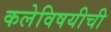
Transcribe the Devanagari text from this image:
कलेविषयीची